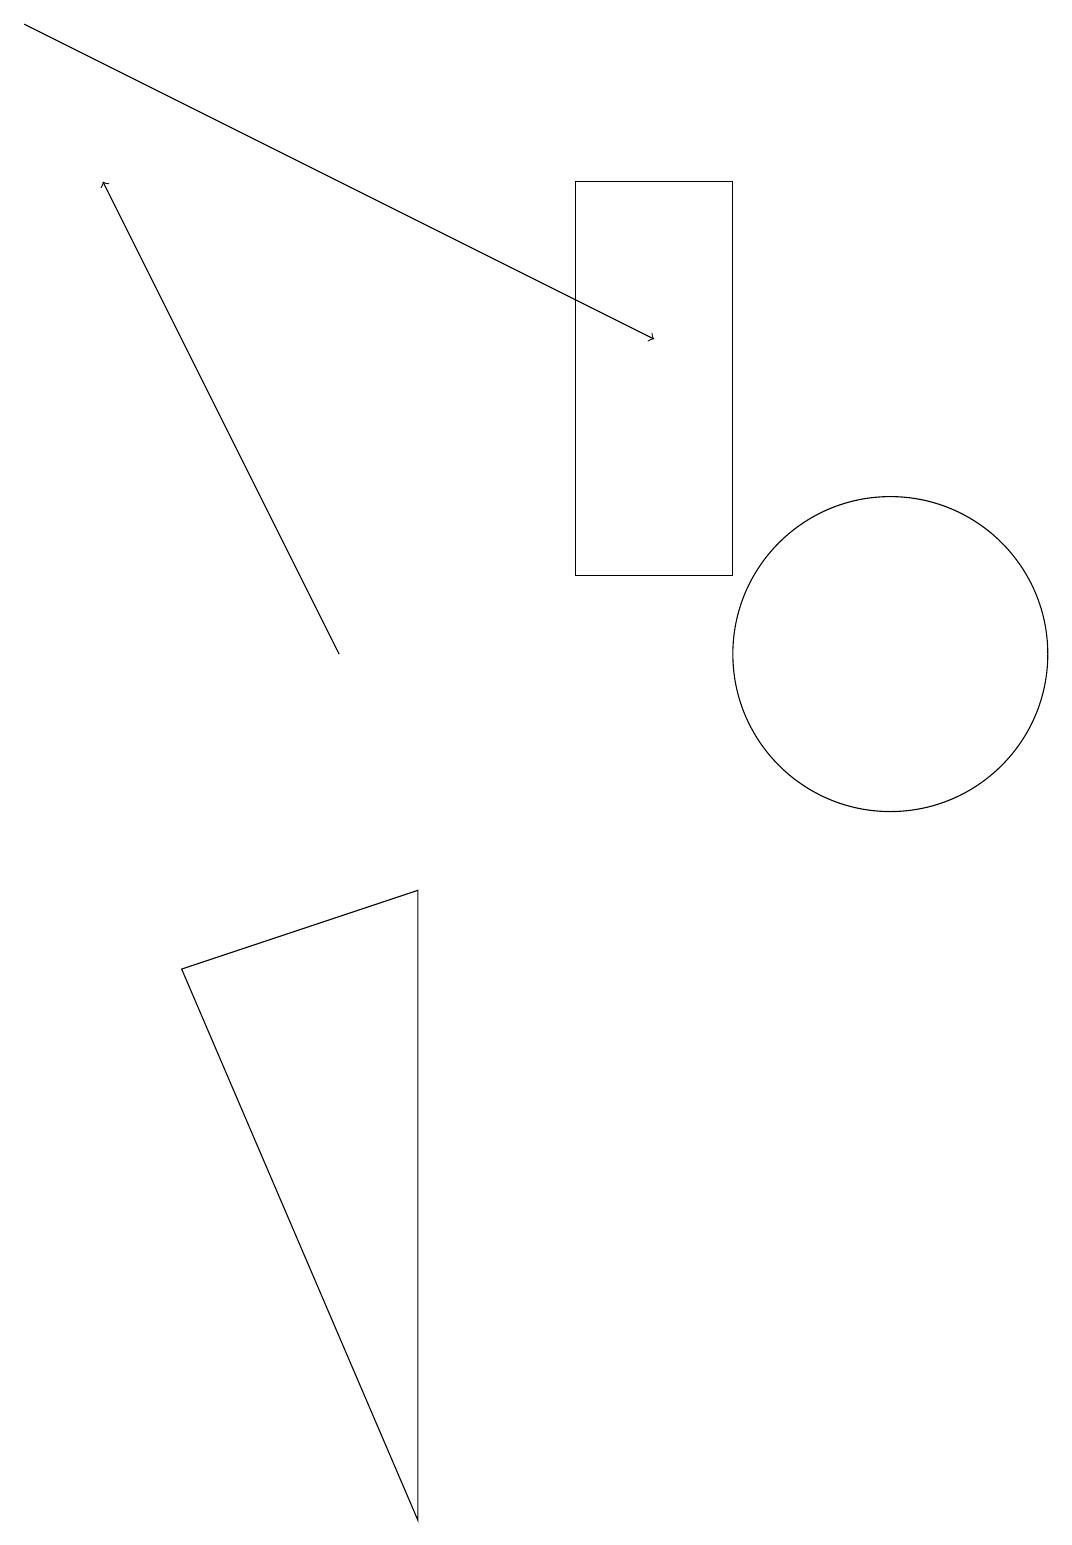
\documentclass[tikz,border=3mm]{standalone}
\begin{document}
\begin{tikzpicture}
\draw[->] (0,19) -- (8,15);
\draw (5,8) -- (5,0) -- (2,7) -- cycle;
\draw (9,12) rectangle (7,17);
\draw[->] (4,11) -- (1,17);
\draw (11,11) circle (2);
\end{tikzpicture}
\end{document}